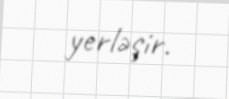
yerləşir.